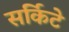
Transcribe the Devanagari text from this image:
सर्किटे